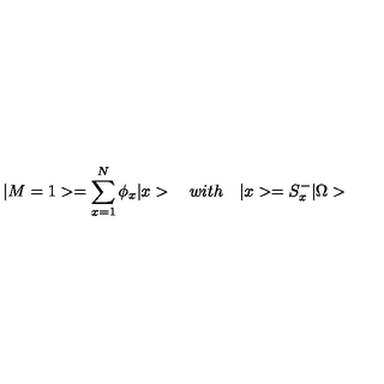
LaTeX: | M = 1 > = \sum _ { x = 1 } ^ { N } \phi _ { x } | x > \quad w i t h \quad | x > = S _ { x } ^ { - } | \Omega >